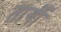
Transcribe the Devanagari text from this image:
तार्गी